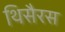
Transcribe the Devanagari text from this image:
थिसैरस